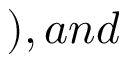
) , a n d